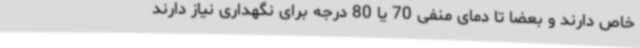
خاص دارند و بعضا تا دمای منفی 70 یا 80 درجه برای نگهداری نیاز دارند